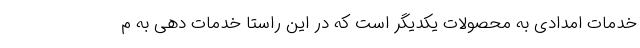
خدمات امدادی به محصولات یکدیگر است که در این راستا خدمات دهی به م